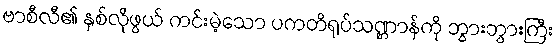
ဗာစီလီ၏ နှစ်လိုဖွယ် ကင်းမဲ့သော ပကတိရုပ်သဏ္ဌာန်ကို ဘွားဘွားကြီး